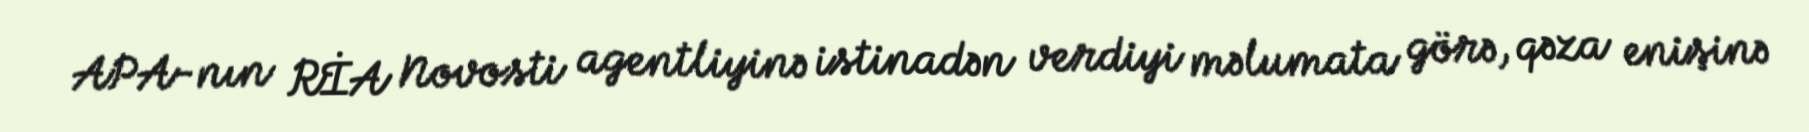
APA-nın RİA Novosti agentliyinə istinadən verdiyi məlumata görə, qəza enişinə